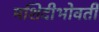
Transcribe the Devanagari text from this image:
मशिदीभोवती